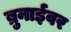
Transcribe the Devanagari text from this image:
ब्रुनाईवर